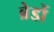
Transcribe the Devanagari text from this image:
ब्रेडों